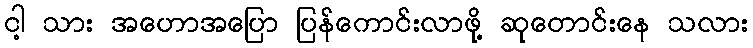
ငါ့ သား အဟောအပြော ပြန်ကောင်းလာဖို့ ဆုတောင်းနေ သလား